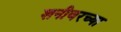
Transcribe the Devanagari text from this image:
शनीवरच्या